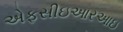
એફસીઇઆરઆઇ